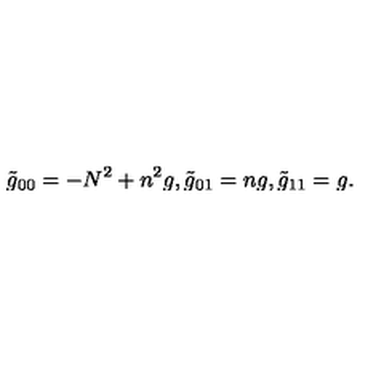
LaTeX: \tilde { g } _ { 0 0 } = - N ^ { 2 } + n ^ { 2 } g , \tilde { g } _ { 0 1 } = n g , \tilde { g } _ { 1 1 } = g .